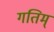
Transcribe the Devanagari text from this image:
गतिम्